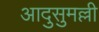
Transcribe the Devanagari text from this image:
आदुसुमल्ली